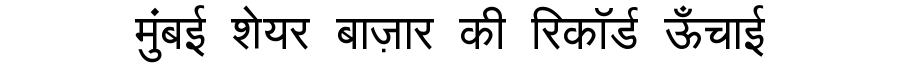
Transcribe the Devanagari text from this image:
मुंबई शेयर बाज़ार की रिकॉर्ड ऊँचाई